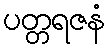
ပတ္တရဇနံ